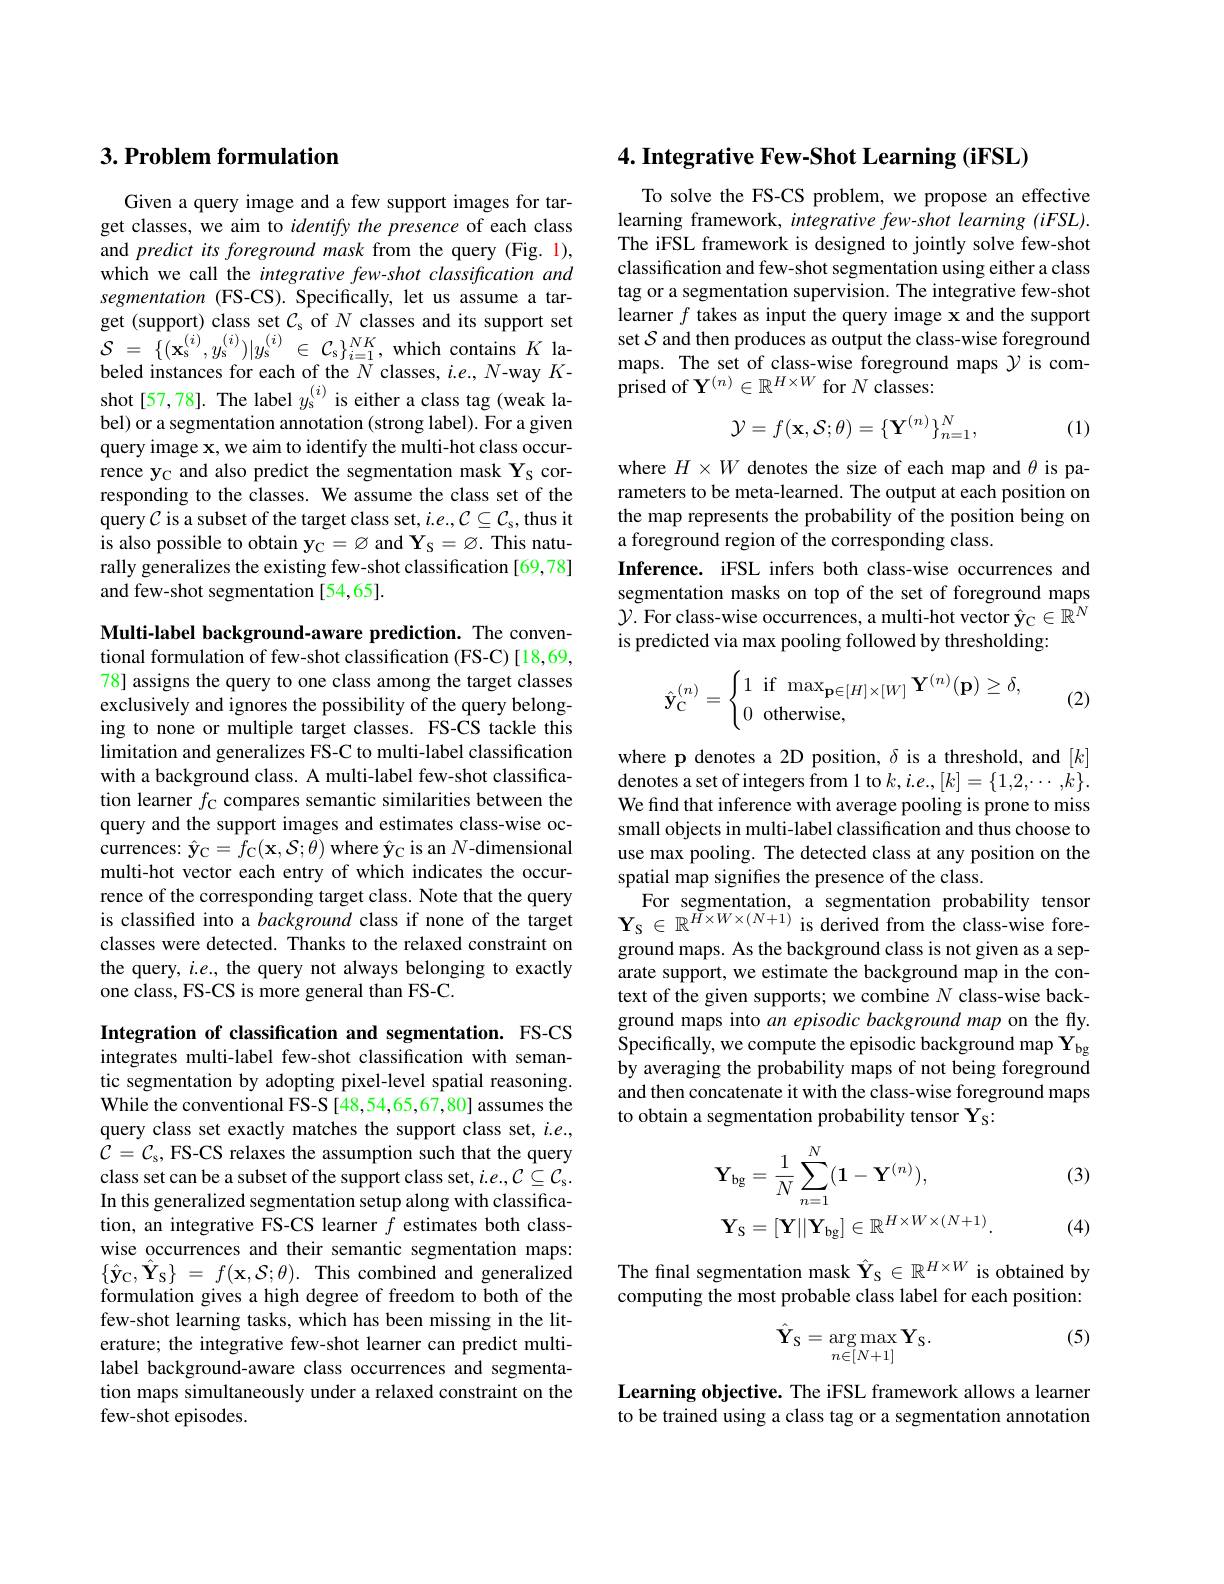
## $3. \textbf{Problem formulation}$

Given a query image and a few support images for target classes, we aim to identify the presence of each class and predict its foreground mask from the query (Fig. 1), which we call the integrative few-shot classification and segmentation (FS-CS). Specifically, let us assume a tar- $\begin{array}{rl}{\mathrm{get~(support)~class~set~}\mathcal{C}_{\mathrm{s}}~of~N~classes~and~its~support~set}\\{\mathcal{S}~=~\{(\mathbf{x}_{\mathrm{s}}^{(i)},y_{\mathrm{s}}^{(i)})|y_{\mathrm{s}}^{(i)}~\in~\mathcal{C}_{\mathrm{s}}\}_{i=1}^{NK},~\mathrm{which~contains~}K~\mathrm{la-}}\\{\mathrm{heler~}}\end{array}$ beled instances for each of the $N$ classes, $i.e.,N$-way $K$- shot[57,78]. The label $y_{\mathrm{s}}^{(i)}$ is either a class tag (weak label) or a segmentation annotation (strong label). For a given query image x, we aim to identify the multi-hot class occurrence yc and also predict the segmentation mask Ys corresponding to the classes. We assume the class set of the query $\mathcal{C}$ is a subset of the target class set, $i. e. , \mathcal{C} \subseteq \mathcal{C} _{\mathrm{s} }$, thus it is also possible to obtain $\mathbf{y}_{\mathrm{C}}=\varnothing$ and $\mathbf{Y}_{\mathrm{S}}=\varnothing.$ This naturally generalizes the existing few-shot classification [69,78] and few-shot segmentation [54,65].

Multi-label background-aware prediction. The conventional formulation of few-shot classification (FS-C)[18,69, 78] assigns the query to one class among the target classes exclusively and ignores the possibility of the query belonging to none or multiple target classes. FS-CS tackle this limitation and generalizes FS-C to multi-label classification with a background class. A multi-label few-shot classification learner $f_{\mathrm{C}}$ compares semantic similarities between the query and the support images and estimates class-wise occurrences: $\hat{\mathbf{y} } _{\mathrm{C} }= f_{\mathrm{C} }( \mathbf{x} , \mathcal{S} ; \theta )$ where $\hat{\mathbf{y}}_{\mathrm{C}}$ is an $N$-dimensional multi-hot vector each entry of which indicates the occurrence of the corresponding target class. Note that the query is classified into a background class if none of the target classes were detected. Thanks to the relaxed constraint on the query, $i.e.$, the query not always belonging to exactly one class, FS-CS is more general than FS-C.

Integration of classification and segmentation. FS-CS integrates multi-label few-shot classification with semantic segmentation by adopting pixel-level spatial reasoning. While the conventional FS-S [48,54,65,67,80] assumes the query class set exactly matches the support class set, $i.e.$, $\mathcal{C} = \mathcal{C} _{\mathrm{s} }$, FS-CS relaxes the assumption such that the query class set can be a subset of the support class set, i.e., C C S . In this generalized segmentation setup along with classification, an integrative FS-CS learner $\hat{f}$ estimates both classwise occurrences and their semantic segmentation maps: $\{ \hat{\mathbf{y} } _{\mathrm{C} }, \hat{\mathbf{Y} } _{\mathrm{S} }\}$ = $f( \mathbf{x} , \mathcal{S} ; \theta ) .$ This combined and generalized formulation gives a high degree of freedom to both of the few-shot learning tasks, which has been missing in the literature; the integrative few-shot learner can predict multilabel background-aware class occurrences and segmentation maps simultaneously under a relaxed constraint on the few-shot episodes.

4. Integrative Few-Shot Learning (iFSL)

To solve the FS-CS problem, we propose an effective learning framework, integrative few-shot learning (iFSL). The iFSL framework is designed to jointly solve few-shot classification and few-shot segmentation using either a class tag or a segmentation supervision. The integrative few-shot learner $f$ takes as input the query image x and the support set $\mathcal{S}$ and then produces as output the class-wise foreground maps. The set of class-wise foreground maps $\gamma$ is comprised of $\mathbf{Y}^{(n)}\in\mathbb{R}^{H\times W}$ for $N$ classes:
$$\mathcal{Y}=f(\mathbf{x},\mathcal{S};\theta)=\{\mathbf{Y}^{(n)}\}_{n=1}^{N},$$
(1)

where $H\times W$ denotes the size of each map and $\theta$ is parameters to be meta-learned. The output at each position on the map represents the probability of the position being on a foreground region of the corresponding class.
Inference. iFSL infers both class-wise occurrences and segmentation masks on top of the set of foreground maps $\mathcal{Y}.$ For class-wise occurrences, a multi-hot vector $\hat{\mathbf{y}}_{\mathrm{C}}\in\mathbb{R}^N$ is predicted via max pooling followed by thresholding:
$$\hat{\mathbf{y}}_{\mathrm{C}}^{(n)}=\begin{cases}1\:\text{if}\:\max_{\mathbf{p}\in[H]\times[W]}\mathbf{Y}^{(n)}(\mathbf{p})\ge\delta,\\0\:\text{otherwise},\end{cases}$$
(2)

where p denotes a 2D position, $\delta$ is a threshold, and $[k]$ denotes a set of integers from 1 to $k,i.e.,[k]=\{1,2,\cdots,k\}.$ We find that inference with average pooling is prone to miss small objects in multi-label classification and thus choose to use max pooling. The detected class at any position on the spatial map signifies the presence of the class.
For segmentation, a segmentation probability tensor $\mathbf{Y}_{S}\in\mathbb{R}^{H\times W\times(N+1)}$ is derived from the class-wise foreground maps. As the background class is not given as a separate support, we estimate the background map in the context of the given supports; we combine $N$ class-wise background maps into an episodic background map on the fly. Specifically, we compute the episodic background map $\mathbf{Y}_\mathrm{bg}$ by averaging the probability maps of not being foreground and then concatenate it with the class-wise foreground maps to obtain a segmentation probability tensor Ys:

(3)
$$\begin{aligned}&\mathbf{Y}_{\mathrm{bg}}=\frac{1}{N}\sum_{n=1}^{N}(\mathbf{1}-\mathbf{Y}^{(n)}),\\&\mathbf{Y}_{\mathrm{S}}=[\mathbf{Y}||\mathbf{Y}_{\mathrm{bg}}]\in\mathbb{R}^{H\times W\times(N+1)}.\end{aligned}$$
(4)

The fnal segmentation mask $\hat{\mathbf{Y}}_S\in\mathbb{R}^{H\times W}$ is obtained by computing the most probable class label for each position:

(5)
$$\hat{\mathbf{Y}}_{\mathrm{S}}=\arg\max_{n\in[N+1]}\mathbf{Y}_{\mathrm{S}}.$$
Learning objective. The iFSL framework allows a learner to be trained using a class tag or a segmentation annotation